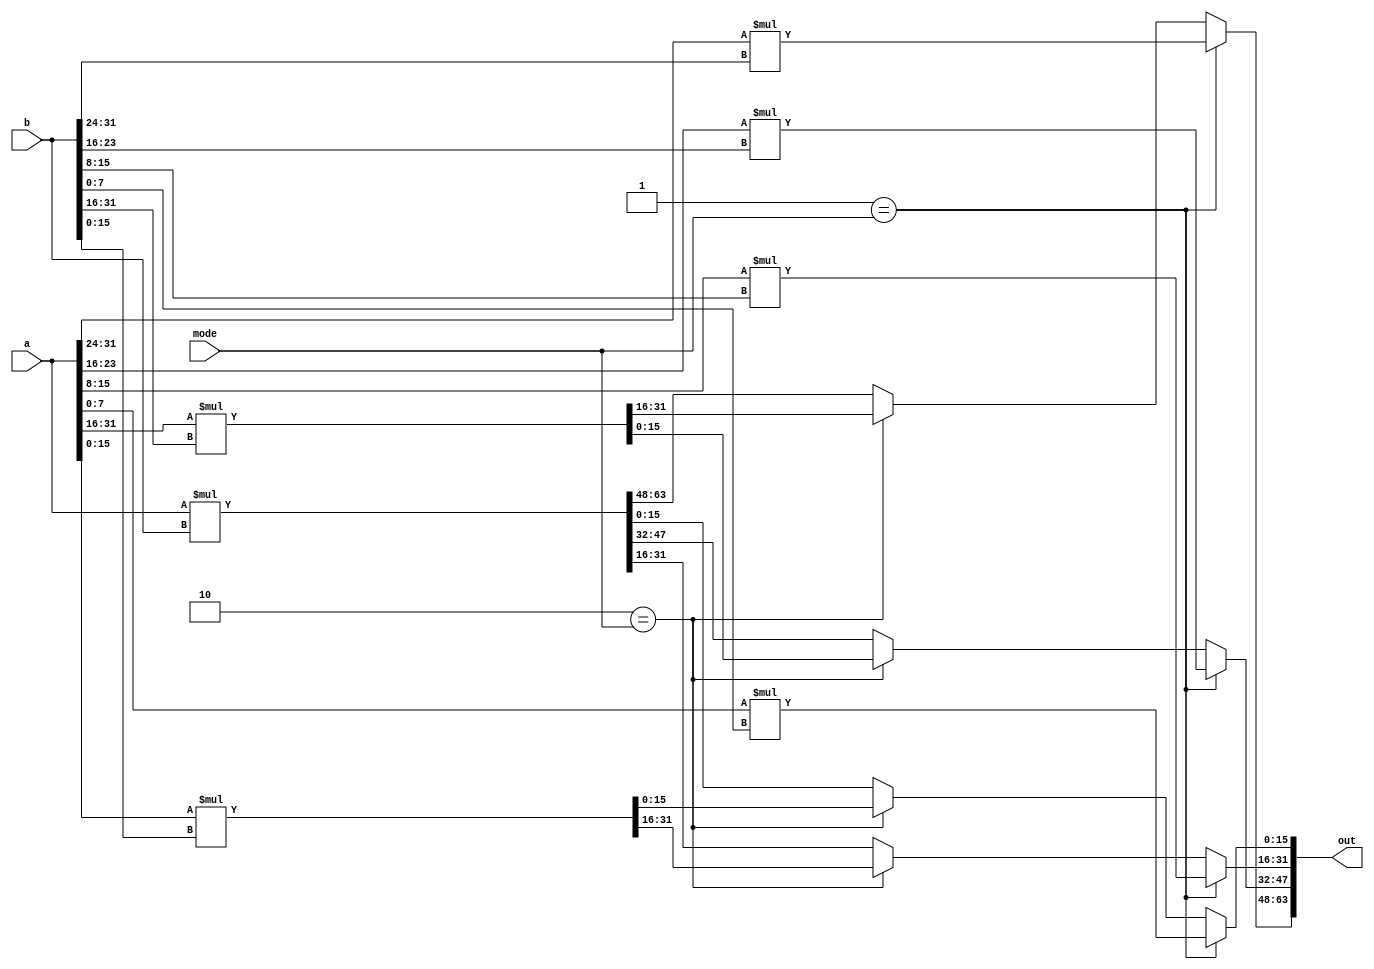
// This program was cloned from: https://github.com/lnis-uofu/OpenFPGA
// License: MIT License

//-----------------------------------------------------
// Design Name : mult_32x32
// Function    : A 32-bit multiplier which can operate in fracturable modes:
//               1. four 8-bit multipliers
//               2. two 16-bit multipliers
//               3. one 32-bit multipliers
// Coder       : Xifan Tang
//-----------------------------------------------------

module mult_32x32 (
	input [0:31] a,
	input [0:31] b,
	output [0:63] out,
    input [0:1] mode);

    reg [0:63] out_reg;

    always @(mode, a, b) begin 
       if (2'b01 == mode) begin
         out_reg[0:15] <= a[0:7] * b[0:7];
         out_reg[16:31] <= a[8:15] * b[8:15];
         out_reg[32:47] <= a[16:23] * b[16:23];
         out_reg[48:63] <= a[24:31] * b[24:31];
       end else if (2'b10 == mode) begin
         out_reg[0:31] <= a[0:15] * b[0:15];
         out_reg[32:63] <= a[16:31] * b[16:31];
       end else begin
         out_reg <= a * b;
       end
    end

    assign out = out_reg;

endmodule